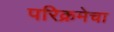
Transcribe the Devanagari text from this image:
परिक्रमेचा